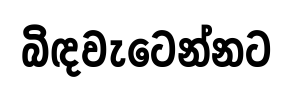
බිඳවැටෙන්නට